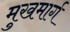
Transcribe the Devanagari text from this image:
मुखमार्ग